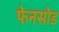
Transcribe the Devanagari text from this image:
फेनसोड